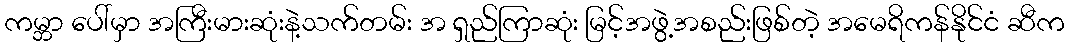
ကမ္ဘာ ပေါ်မှာ အကြီးမားဆုံးနဲ့သက်တမ်း အ ရှည်ကြာဆုံး မြင့်အဖွဲ့အစည်းဖြစ်တဲ့ အမေရိကန်နိုင်ငံ ဆီက